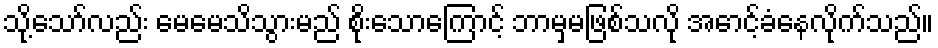
သို့သော်လည်း မေမေသိသွားမည် စိုးသောကြောင့် ဘာမှမဖြစ်သလို အောင့်ခံနေလိုက်သည်။